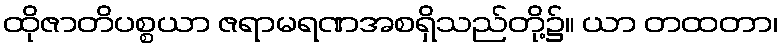
ထိုဇာတိပစ္စယာ ဇရာမရဏအစရှိသည်တို့၌။ ယာ တထတာ၊